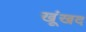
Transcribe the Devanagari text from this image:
खूंखद